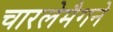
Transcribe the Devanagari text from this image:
चारलेमैगने